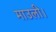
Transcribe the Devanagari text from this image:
माउली।